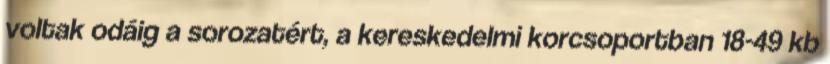
voltak odáig a sorozatért, a kereskedelmi korcsoportban 18-49 kb